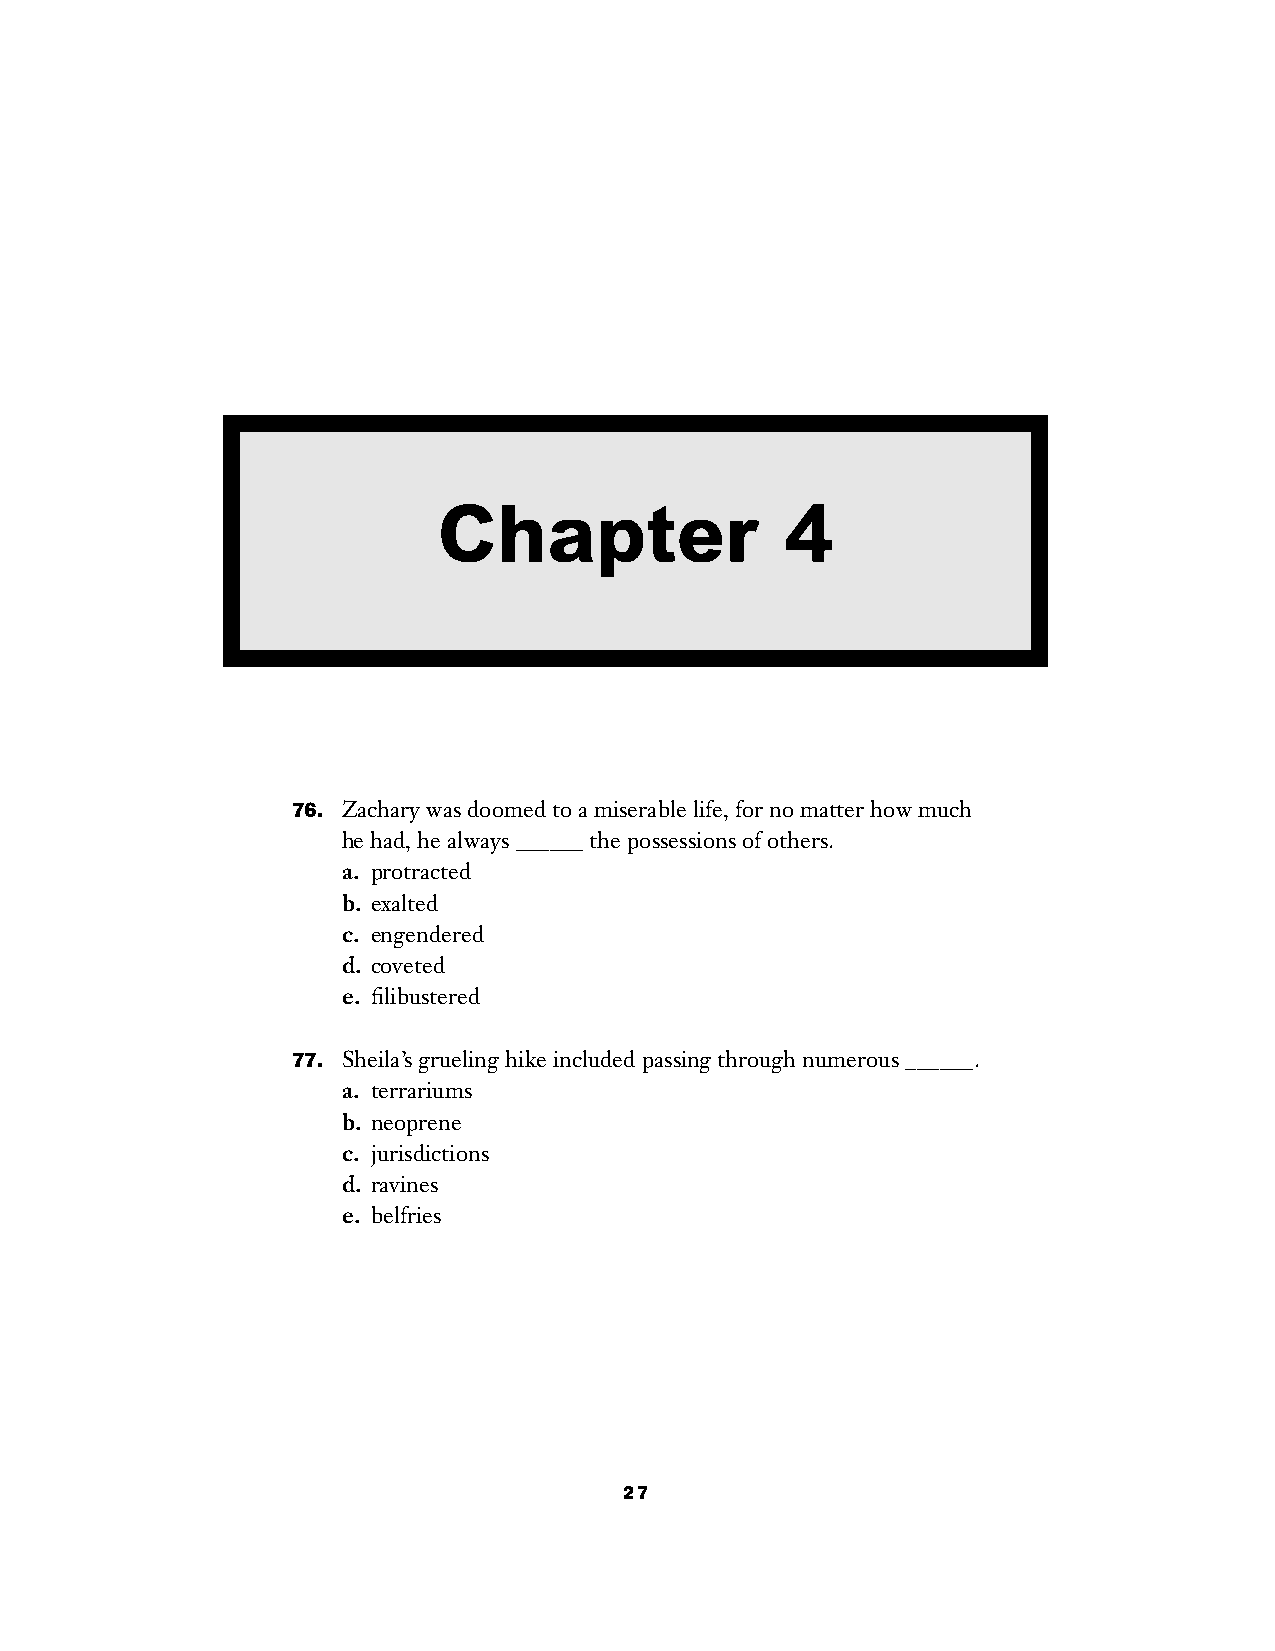
Chapter                4
 76. Zachary was doomed to a miserable life, for no matter how much
 he had, he always ______ the possessions of others.
 a. protracted
 b. exalted
 c. engendered
 d. coveted
 e. filibustered
 77. Sheila’s grueling hike included passing through numerous ______.
 a. terrariums
 b. neoprene
 c. jurisdictions
 d. ravines
 e. belfries
 27